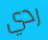
ردي